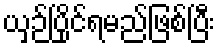
ယှဉ်ပြိုင်ရမည်ဖြစ်ပြီး